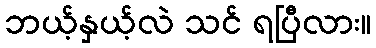
ဘယ့်နှယ့်လဲ သင် ရပြီလား။